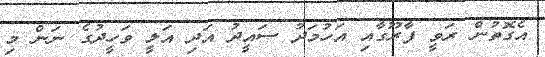
އެގޮތުން ރަވީ ފާރޫގާއި އަހުމަދު ސައީދު އަދި އަލީ ވަހީދުގެ ނަން މި